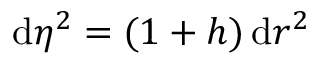
\mathrm { d } \eta ^ { 2 } = ( 1 + h ) \, \mathrm { d } r ^ { 2 }